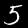
Digit: 5